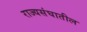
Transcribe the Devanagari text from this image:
राज्यसंघातील